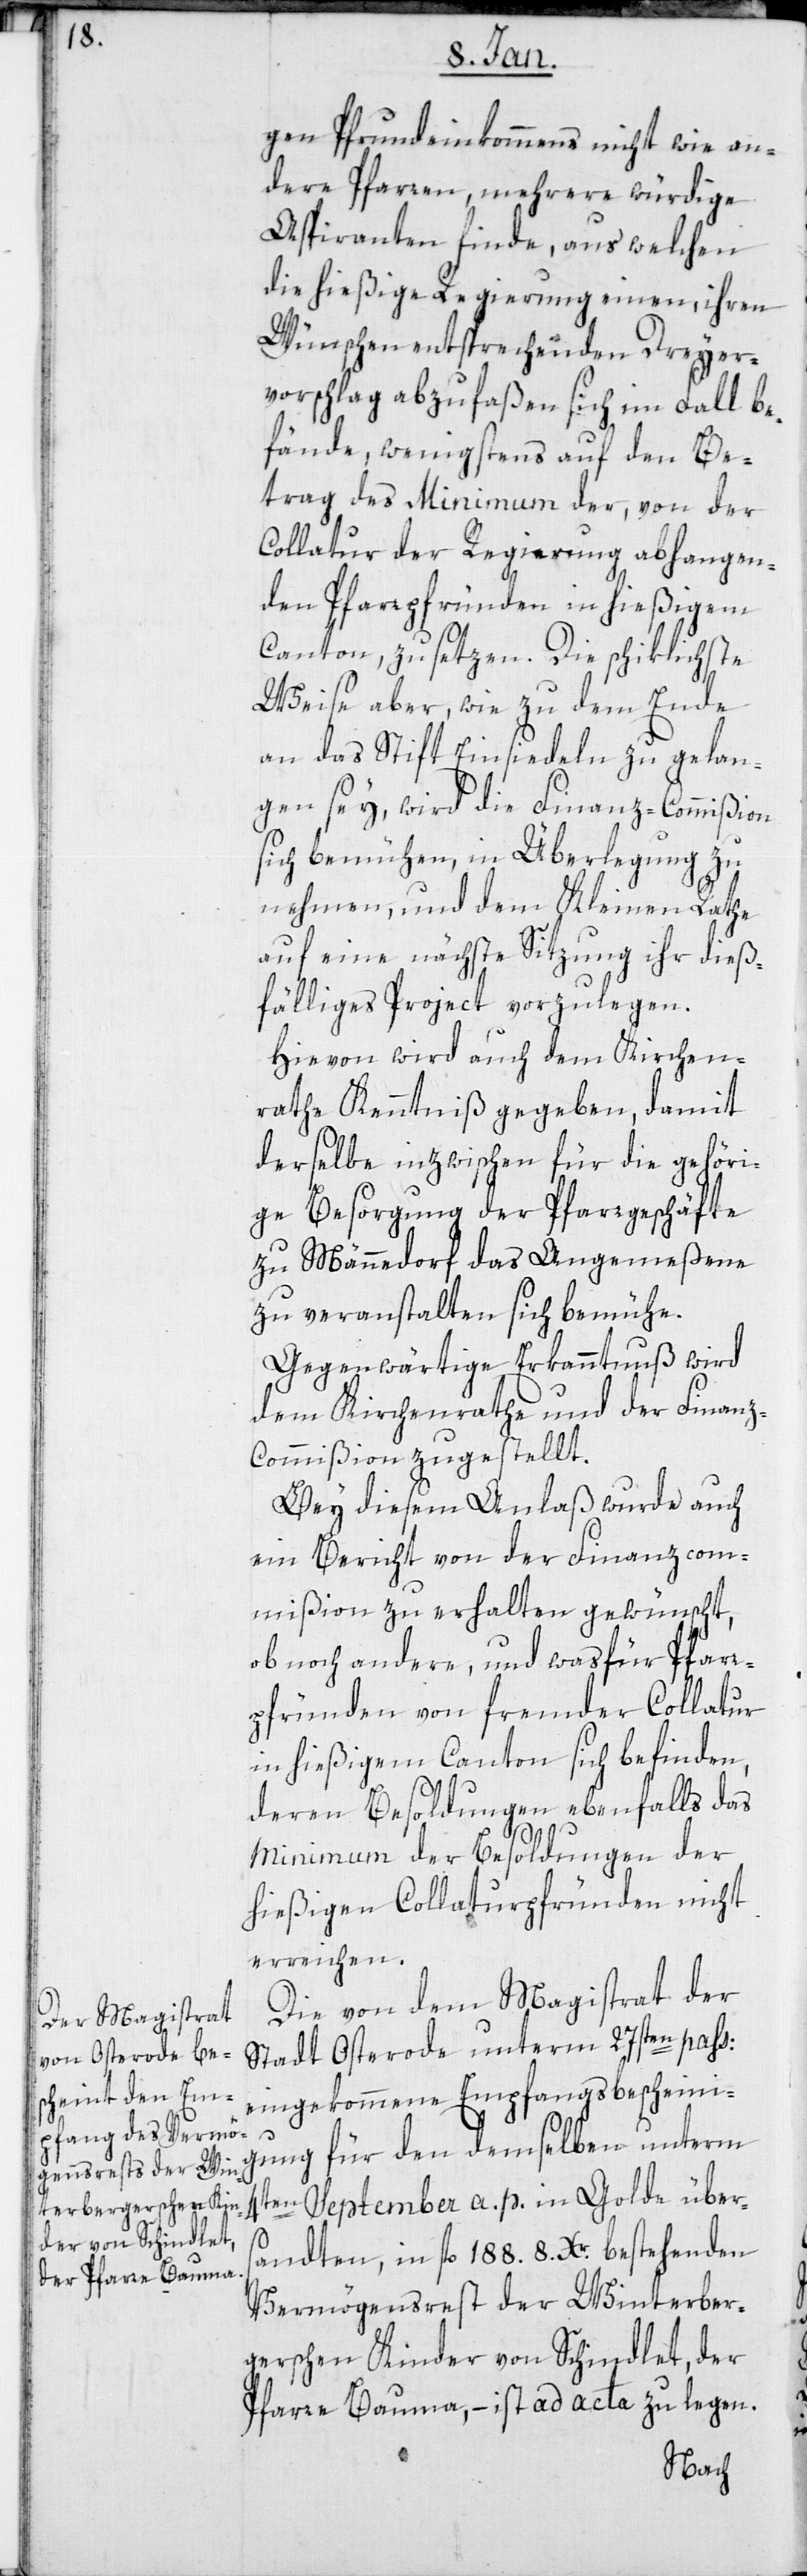
gen Pfrundeinkommens nicht wie an¬
dere Pfarren, mehrere würdige
Aspiranten finde, aus welchen
die hießige Regierung einen, ihren
Wünschen entsprechenden Dreyer¬
vorschlag abzufaßen sich im Fall be¬
fände, wenigstens auf den Be¬
trag des Minimum der, von der
Collatur der Regierung abhangen¬
den Pfarrpfründen in hießigem
Canton, zu setzen. Die schicklichste
Weise aber, wie zu dem Ende
an das Stift Einsiedeln zu gelan¬
gen sei, wird die Finanz-Commißion
sich bemühen, in Überlegung zu
nehmen, und dem Kleinen Rathe
auf eine nächste Sitzung ihr dieß¬
fälliges Project vorzulegen.
Hievon wird auch dem Kirchen¬
rathe Kenntniß gegeben, damit
derselbe inzwischen für die gehöri¬
ge Besorgung der Pfarrgeschäfte
zu Männedorf das Angemeßene
zu veranstalten sich bemühe.
Gegenwärtige Erkanntnuß wird
dem Kirchenrathe und der Finan¬
z-Commißion zugestellt.
Bey diesem Anlaß wurde auch
ein Bericht von der Finanzcom¬
mißion zu erhalten gewünscht,
ob noch andere und was für Pfarr¬
pfründen von fremder Collatur
in hießigem Canton sich befinden,
deren Besoldungen ebenfalls das
Minimum der Besoldungen der
hießigen Collaturpfründen nicht
erreichen.
Die von dem Magistrat der
Stadt Osterode unterm 27sten pass.
eingekommene Empfangsbescheini¬
gung für den demselben unterm
4ten September a. p. in Golde übers¬
andten, in fl. 188 8 Xr. bestehenden
Vermögensrest der Winterber¬
gerschen Kinder von Schindlet, der
Pfarre Bauma, – ist ad acta zu legen.